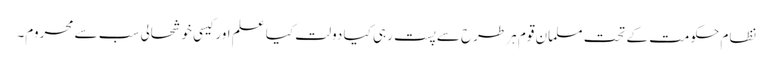
نظام حکومت کے تحت مسلمان قوم ہر طرح سے پست رہی کیا دولت کیا علم اور کیسی خوشحالی سب سے محروم۔